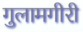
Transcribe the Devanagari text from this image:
गुलामगीरी